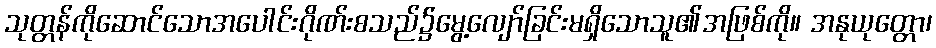
သုတ္တန်ကိုဆောင်သောအပေါင်းဂိုဏ်းစသည်၌မွေ့လျော်ခြင်းမရှိသောသူ၏အဖြစ်ကို။ အနုယုတ္တော၊